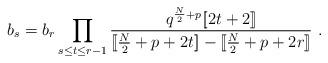
LaTeX: \begin{align*}b_s= b_r\prod_{s\le t\le r-1} {q^{{N\over2}+p}[\![2t+2]\!]\over[\![{N\over2}+p+2t]\!]-[\![{N\over2}+p+2r]\!]} \ .\end{align*}